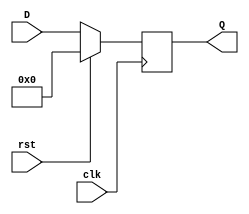
module synchronous_register (
    input wire clk,     // Clock input
    input wire rst,     // Synchronous reset input
    input wire [N-1:0] D, // Data input (N-bit wide)
    output reg [N-1:0] Q  // Data output (N-bit wide)
);
    parameter N = 8; // Default width of the register

    // Always block triggered on the rising edge of the clock or the reset signal
    always @(posedge clk) begin
        if (rst) begin
            Q <= {N{1'b0}}; // Reset the output to 0
        end else begin
            Q <= D; // Capture the input data on the rising edge of the clock
        end
    end

endmodule